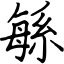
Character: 緐